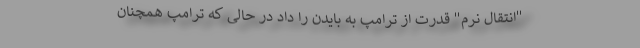
"انتقال نرم" قدرت از ترامپ به بایدن را داد در حالی که ترامپ همچنان